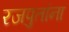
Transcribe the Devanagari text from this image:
रजपुतांना